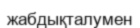
жабдықталумен